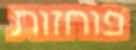
פוחזות